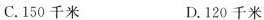
C.150千米 D.120千米